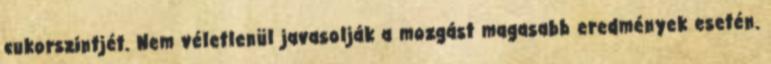
cukorszintjét. Nem véletlenül javasolják a mozgást magasabb eredmények esetén.